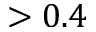
> 0 . 4